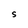
Character: S